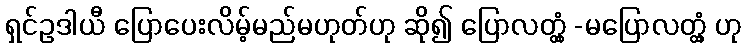
ရှင်ဥဒါယီ ပြောပေးလိမ့်မည်မဟုတ်ဟု ဆို၍ ပြောလတ္တံ့ -မပြောလတ္တံ့ ဟု